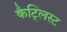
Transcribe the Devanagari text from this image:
कैट्लिस्ट